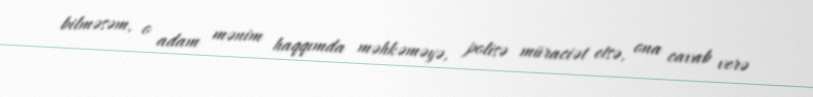
bilməsəm, o adam mənim haqqımda məhkəməyə, polisə müraciət etsə, ona cavab verə